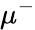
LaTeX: \mu^{-}